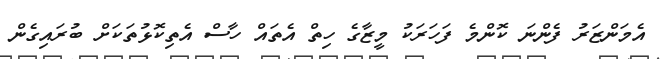
އެމަންޒަރު ފެންނަ ކޮންމެ ފަހަރަކު މީޒާގެ ހިތް އެތައް ހާސް އެތިކޮޅުތަކަށް ބުރައިގެން